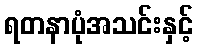
ရတနာပုံအသင်းနှင့်